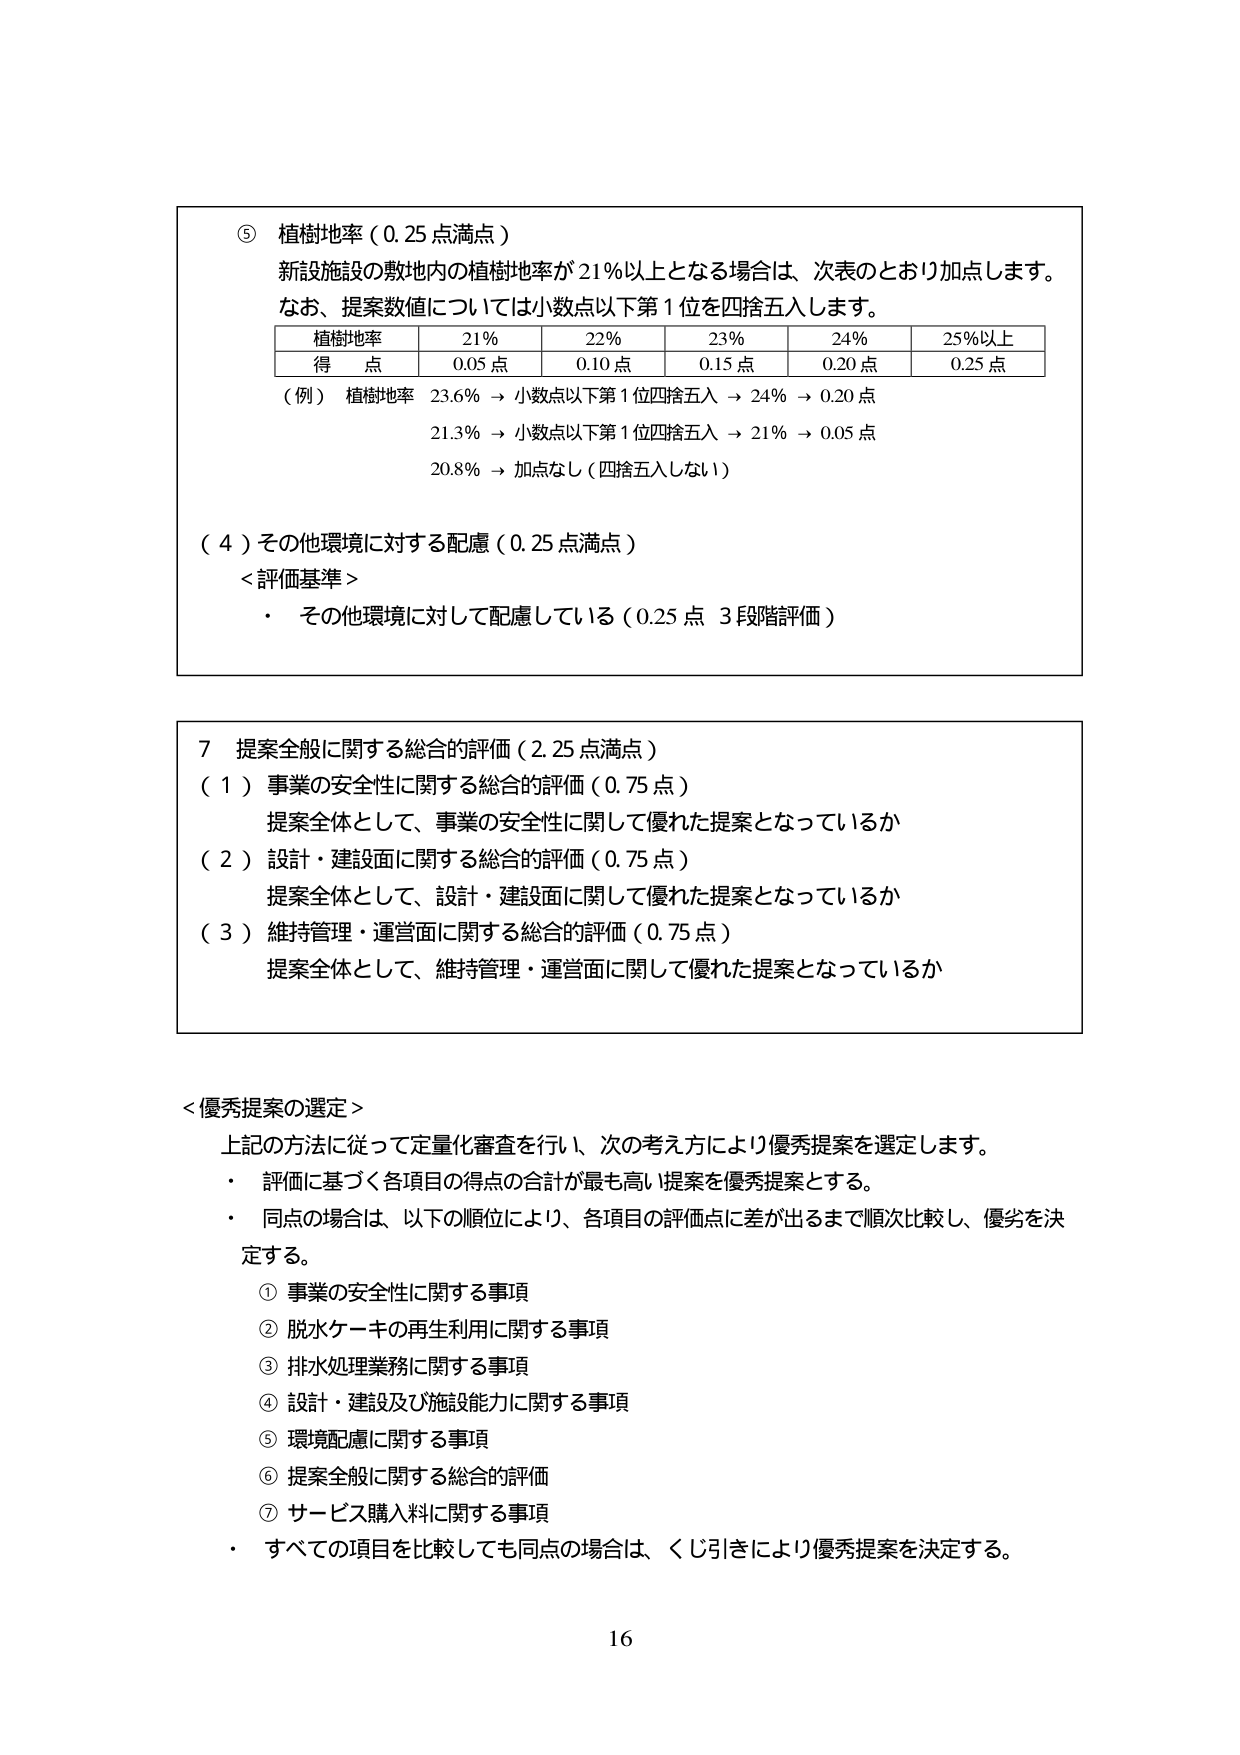
⑤ 植樹地率（0.25点満点）
新設施設の敷地内の植樹地率が21％以上となる場合は、次表のとおり加点します。
なお、提案数値については小数点以下第1位を四捨五入します。

| 植樹地率 | 21％ | 22％ | 23％ | 24％ | 25％以上 |
|----------|------|------|------|------|----------|
| 得点     | 0.05点 | 0.10点 | 0.15点 | 0.20点 | 0.25点 |

（例） 植樹地率 23.6％ → 小数点以下第1位四捨五入 → 24％ → 0.20点
　　　　21.3％ → 小数点以下第1位四捨五入 → 21％ → 0.05点
　　　　20.8％ → 加点なし（四捨五入しない）

（４）その他環境に対する配慮（0.25点満点）
＜評価基準＞
・ その他環境に対して配慮している（0.25点 3段階評価）

7 提案全般に関する総合的評価（2.25点満点）
（１）事業の安全性に関する総合的評価（0.75点）
　提案全体として、事業の安全性に関して優れた提案となっているか
（２）設計・建設面に関する総合的評価（0.75点）
　提案全体として、設計・建設面に関して優れた提案となっているか
（３）維持管理・運営面に関する総合的評価（0.75点）
　提案全体として、維持管理・運営面に関して優れた提案となっているか

＜優秀提案の選定＞
　上記の方法に従って定量化審査を行い、次の考え方により優秀提案を選定します。
・ 評価に基づく各項目の得点の合計が最も高い提案を優秀提案とする。
・ 同点の場合は、以下の順位により、各項目の評価点に差が出るまで順次比較し、優劣を決定する。
　① 事業の安全性に関する事項
　② 脱水ケーキの再生利用に関する事項
　③ 排水処理業務に関する事項
　④ 設計・建設及び施設能力に関する事項
　⑤ 環境配慮に関する事項
　⑥ 提案全般に関する総合的評価
　⑦ サービス購入料に関する事項
・ すべての項目を比較しても同点の場合は、くじ引きにより優秀提案を決定する。

16